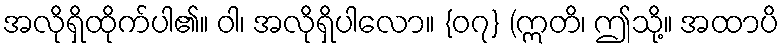
အလိုရှိထိုက်ပါ၏။ ဝါ၊ အလိုရှိပါလော။ {၀၇} (ဣတိ၊ ဤသို့။ အထာပိ